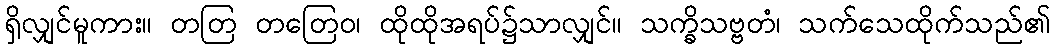
ရှိလျှင်မူကား။ တတြ တတြေဝ၊ ထိုထိုအရပ်၌သာလျှင်။ သက္ခိသဗ္ဗတံ၊ သက်သေထိုက်သည်၏